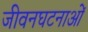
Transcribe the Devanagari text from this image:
जीवनघटनाओं